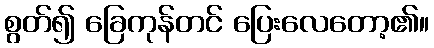
စွတ်၍ ခြေကုန်တင် ပြေးလေတော့၏။